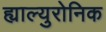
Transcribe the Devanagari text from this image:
ह्याल्युरोनिक